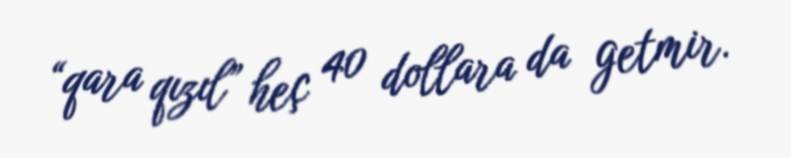
“qara qızıl” heç 40 dollara da getmir.